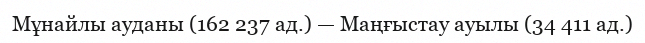
Мұнайлы ауданы (162 237 ад.) — Маңғыстау ауылы (34 411 ад.)